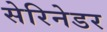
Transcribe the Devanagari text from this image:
सेरिनेडर